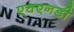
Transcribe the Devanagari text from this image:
एचएनडी